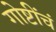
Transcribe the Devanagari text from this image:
गोष्टींचं